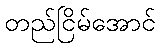
တည်ငြိမ်အောင်